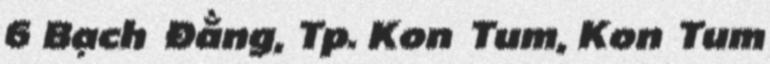
6 Bạch Đằng, Tp. Kon Tum, Kon Tum